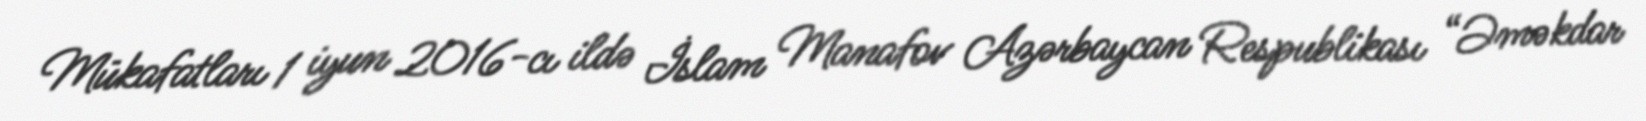
Mükafatları 1 iyun 2016-cı ildə İslam Manafov Azərbaycan Respublikası “Əməkdar